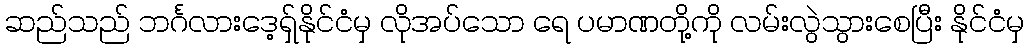
ဆည်သည် ဘင်္ဂလားဒေ့ရှ်နိုင်ငံမှ လိုအပ်သော ရေ ပမာဏတို့ကို လမ်းလွဲသွားစေပြီး နိုင်ငံမှ